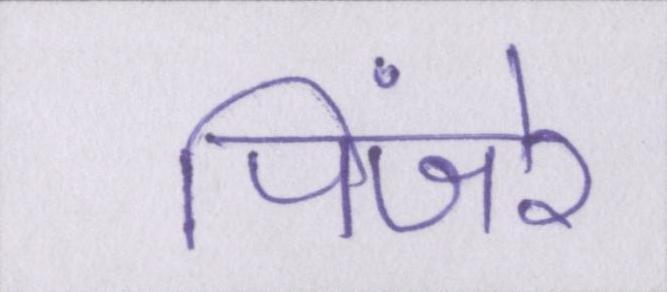
पिंजरे